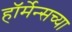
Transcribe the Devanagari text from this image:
हॉर्मेन्सच्या